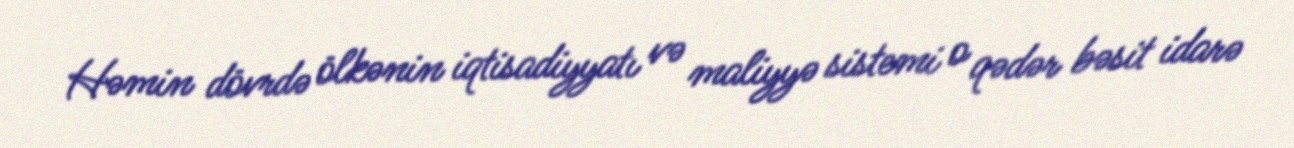
Həmin dövrdə ölkənin iqtisadiyyatı və maliyyə sistemi o qədər bəsit idarə